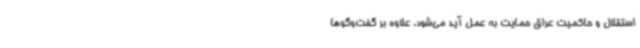
استقلال و حاکمیت عراق حمایت به عمل آید می‌شود. علاوه بر گفت‌وگوها